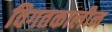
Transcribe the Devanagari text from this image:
विगतकालीन